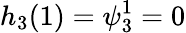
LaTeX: h_{3}(1)=\psi_{3}^{1}=0